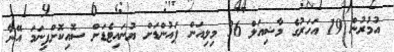
އުމުުރުން 19 އަަހަރުގެ މާޝިއަލް 36 މިލިއަން ޕައުންޑަށް ޔުނައިޓެޑަށް ސޮއިކޮށްފިނަމަ އޭނާ